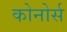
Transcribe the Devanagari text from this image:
कोनोर्स